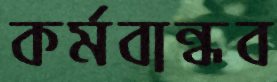
কর্মবান্ধব